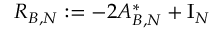
R _ { B , N } : = - 2 A _ { B , N } ^ { * } + \mathrm { I } _ { N }